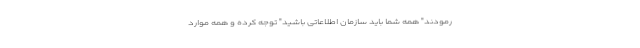
رمودند" همه شما باید سازمان اطلاعاتی باشید" توجه کرده و همه موارد